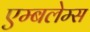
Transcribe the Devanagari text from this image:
एम्बलेम्स